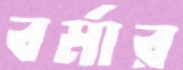
বর্মার